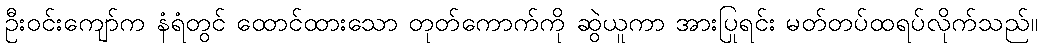
ဦးဝင်းကျော်က နံရံတွင် ထောင်ထားသော တုတ်ကောက်ကို ဆွဲယူကာ အားပြုရင်း မတ်တပ်ထရပ်လိုက်သည်။